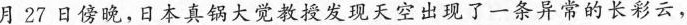
月27日傍晚，日本真锅大觉教授发现天空出现了一条异常的长彩云，